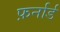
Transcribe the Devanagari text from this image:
फ़र्नार्ड